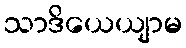
သာဒိယေယျာမ